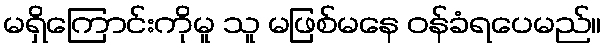
မရှိကြောင်းကိုမူ သူ မဖြစ်မနေ ဝန်ခံရပေမည်။